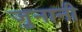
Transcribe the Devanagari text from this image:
जुनानी